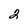
Character: 2